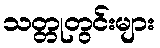
သတ္တုတွင်းများ